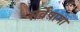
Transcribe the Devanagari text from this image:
सर्वेषामा